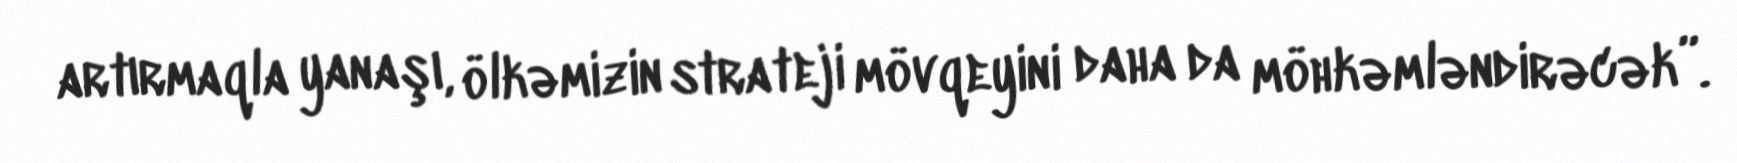
artırmaqla yanaşı, ölkəmizin strateji mövqeyini daha da möhkəmləndirəcək”.